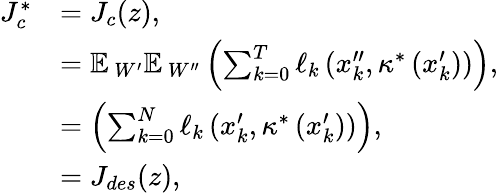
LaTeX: \begin{array}{rl}{J_{c}^{*}}&{=J_{c}(z),}\\ &{=\mathbb{E\, }_{W^{\prime}}\mathbb{E\, }_{W^{\prime\prime}}\left(\sum_{k=0}^{T}\ell_{k}\left(x_{k}^{\prime\prime},\kappa^{*}\left(x_{k}^{\prime}\right)\right)\right),}\\ &{=\left(\sum_{k=0}^{N}\ell_{k}\left(x_{k}^{\prime},\kappa^{*}\left(x_{k}^{\prime}\right)\right)\right),}\\ &{=J_{des}(z),}\end{array}